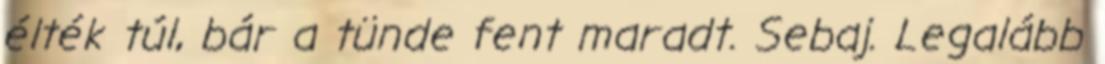
élték túl, bár a tünde fent maradt. Sebaj. Legalább